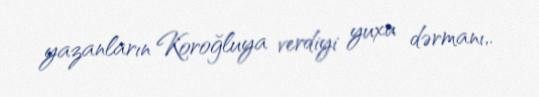
yazanların Koroğluya verdiyi yuxu dərmanı,.